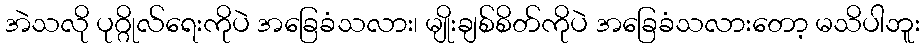
အဲသလို ပုဂ္ဂိုလ်ရေးကိုပဲ အခြေခံသလား၊ မျိုးချစ်စိတ်ကိုပဲ အခြေခံသလားတော့ မသိပါဘူး